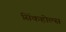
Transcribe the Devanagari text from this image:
सिंकहोल्स